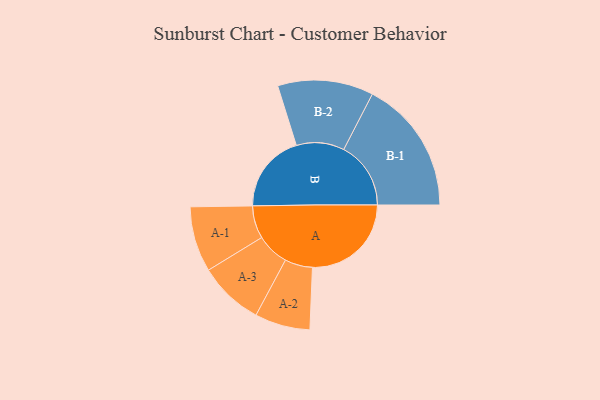
{"axis": {"x": "Segment", "y": "Value"}, "legend": ["", "A", "B"], "data": [{"x": "A", "y": 386, "type": ""}, {"x": "B", "y": 307, "type": ""}, {"x": "A-1", "y": 128, "type": "A"}, {"x": "A-2", "y": 108, "type": "A"}, {"x": "A-3", "y": 127, "type": "A"}, {"x": "B-1", "y": 262, "type": "B"}, {"x": "B-2", "y": 187, "type": "B"}]}